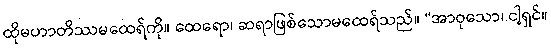
ထိုမဟာတိဿမထေရ်ကို။ ထေရော၊ ဆရာဖြစ်သောမထေရ်သည်။ “အာဝုသော၊ ငါ့ရှင်။